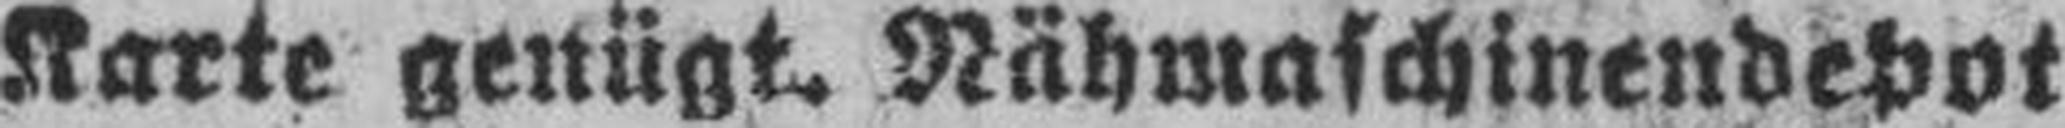
Karte genügt. Nähmaschinendepot